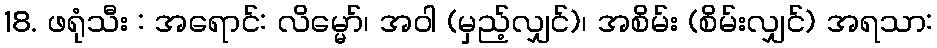
18. ဖရုံသီး : အရောင်: လိမ္မော်၊ အဝါ (မှည့်လျှင်)၊ အစိမ်း (စိမ်းလျှင်) အရသာ: